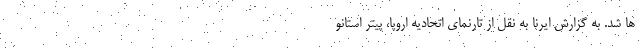
ها شد. به گزارش ایرنا به نقل از تارنمای اتحادیه اروپا، پیتر استانو